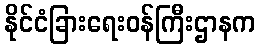
နိုင်ငံခြားရေးဝန်ကြီးဌာနက